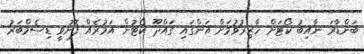
ބަންޑާރަ ނާއިބު ކޯޓަށް ހާޒިރުވުމަށް އަންގައި ގައްދޫ ކޯޓުން އަމުރެއް ފޮނުވީ ޑިސެމްބަރު